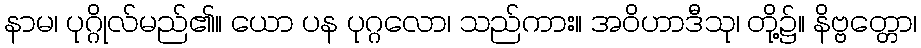
နာမ၊ ပုဂ္ဂိုလ်မည်၏။ ယော ပန ပုဂ္ဂလော၊ သည်ကား။ အဝိဟာဒီသု၊ တို့၌။ နိဗ္ဗတ္တော၊